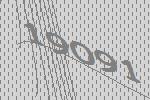
19091